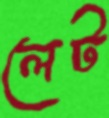
লেট